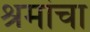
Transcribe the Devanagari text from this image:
श्रमांचा